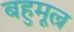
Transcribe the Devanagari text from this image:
बहुमूल्र